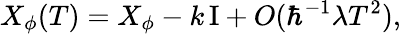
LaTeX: X_{\phi}(T)=X_{\phi}-k\, \mathrm{I}+O(\hbar^{-1}\lambda T^{2}),